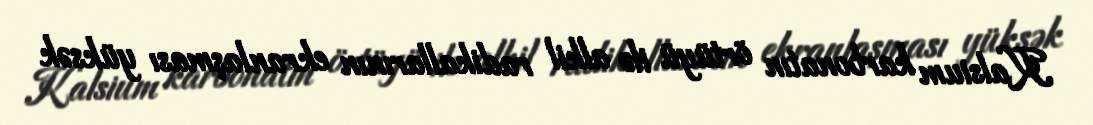
Kalsium karbonatın örtüyü ilə alkil radikallarının ekranlaşması yüksək